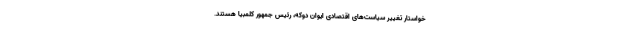
خواستار تغییر سیاست‌های اقتصادی ایوان دوکه، رئیس جمهور کلمبیا هستند.